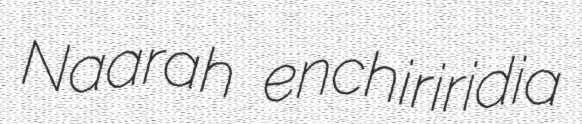
Naarah enchiriridia